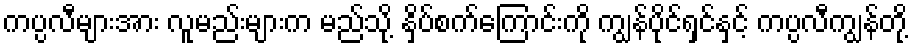
ကပ္ပလီများအား လူမည်းများက မည်သို့ နှိပ်စက်ကြောင်းကို ကျွန်ပိုင်ရှင်နှင့် ကပ္ပလီကျွန်တို့